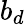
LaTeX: b_{d}